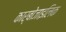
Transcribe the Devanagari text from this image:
कार्बोजाइलिक